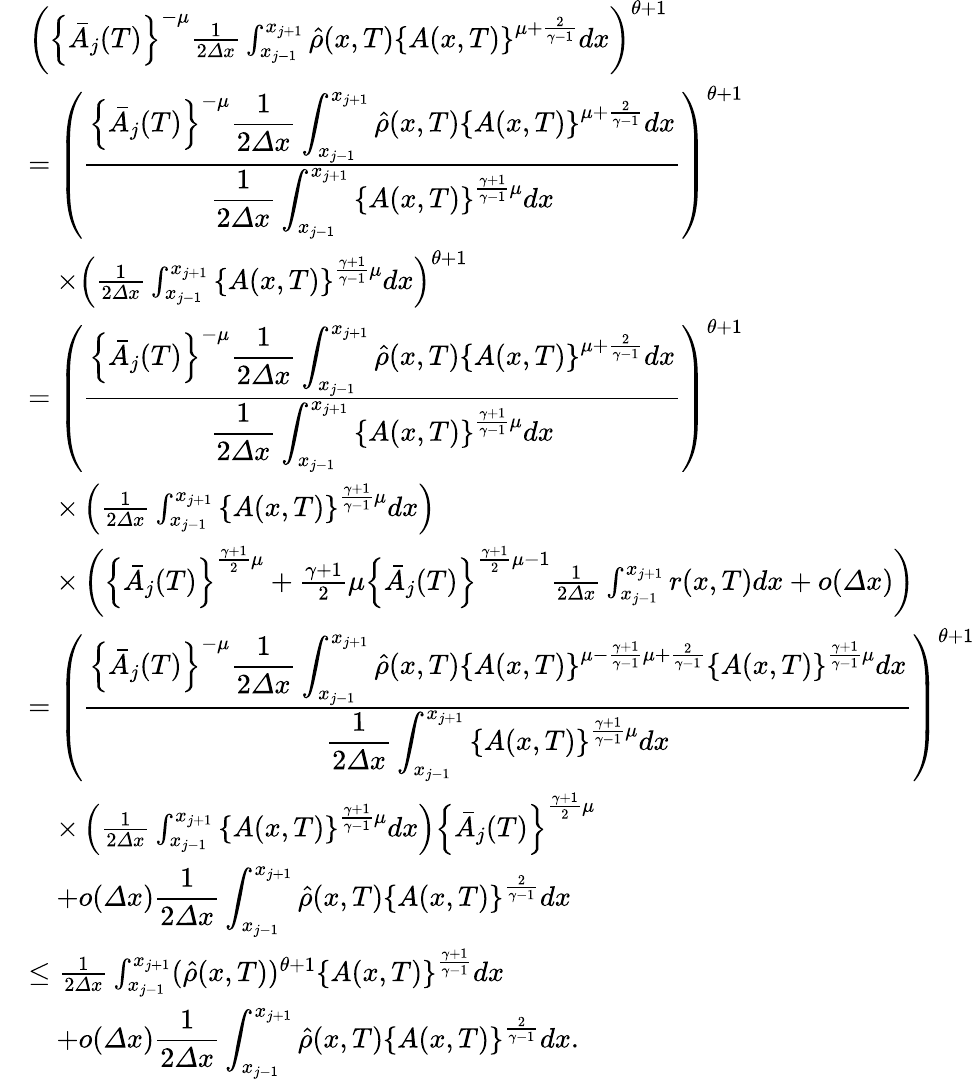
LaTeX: \begin{array}{rl}&{\left(\left\{ \bar{A}_{j}(T)\right\} ^{-\mu}\frac 1{2{\varDelta}x}\int_{x_{j-1}}^{x_{j+1}}\hat{\rho}(x,T)\left\{ A(x,T)\right\} ^{\mu+\frac{2}{\gamma-1}}dx\right)^{\theta+1}}\\ &{=\left(\frac{\displaystyle{\left\{ \bar{A}_{j}(T)\right\} ^{-\mu}\frac 1{2{\varDelta}x}\int_{x_{j-1}}^{x_{j+1}}\hat{\rho}(x,T)\left\{ A(x,T)\right\} ^{\mu+\frac{2}{\gamma-1}}dx}}{\displaystyle{\frac 1{2{\varDelta}x}\int_{x_{j-1}}^{x_{j+1}}\left\{ A(x,T)\right\} ^{\frac{\gamma+1}{\gamma-1}\mu}dx}}\right)^{\theta+1}}\\ &{\quad\times\left(\frac 1{2{\varDelta}x}\int_{x_{j-1}}^{x_{j+1}}\left\{ A(x,T)\right\} ^{\frac{\gamma+1}{\gamma-1}\mu}dx\right)^{\theta+1}}\\ &{=\left(\frac{\displaystyle{\left\{ \bar{A}_{j}(T)\right\} ^{-\mu}\frac 1{2{\varDelta}x}\int_{x_{j-1}}^{x_{j+1}}\hat{\rho}(x,T)\left\{ A(x,T)\right\} ^{\mu+\frac{2}{\gamma-1}}dx}}{\displaystyle{\frac 1{2{\varDelta}x}\int_{x_{j-1}}^{x_{j+1}}\left\{ A(x,T)\right\} ^{\frac{\gamma+1}{\gamma-1}\mu}dx}}\right)^{\theta+1}}\\ &{\quad\times\left(\frac 1{2{\varDelta}x}\int_{x_{j-1}}^{x_{j+1}}\left\{ A(x,T)\right\} ^{\frac{\gamma+1}{\gamma-1}\mu}dx\right)}\\ &{\quad\times\left(\left\{ \bar{A}_{j}(T)\right\} ^{\frac{\gamma+1}{2}\mu}+\frac{\gamma+1}{2}\mu\left\{ \bar{A}_{j}(T)\right\} ^{\frac{\gamma+1}{2}\mu-1}\frac 1{2{\varDelta}x}\int_{x_{j-1}}^{x_{j+1}}r(x,T)dx+o({\varDelta}x)\right)}\\ &{=\left(\frac{\displaystyle{\left\{ \bar{A}_{j}(T)\right\} ^{-\mu}\frac 1{2{\varDelta}x}\int_{x_{j-1}}^{x_{j+1}}\hat{\rho}(x,T)\left\{ A(x,T)\right\} ^{\mu-\frac{\gamma+1}{\gamma-1}\mu+\frac{2}{\gamma-1}}\left\{ A(x,T)\right\} ^{\frac{\gamma+1}{\gamma-1}\mu}dx}}{\displaystyle{\frac 1{2{\varDelta}x}\int_{x_{j-1}}^{x_{j+1}}\left\{ A(x,T)\right\} ^{\frac{\gamma+1}{\gamma-1}\mu}dx}}\right)^{\theta+1}}\\ &{\quad\times\left(\frac 1{2{\varDelta}x}\int_{x_{j-1}}^{x_{j+1}}\left\{ A(x,T)\right\} ^{\frac{\gamma+1}{\gamma-1}\mu}dx\right)\left\{ \bar{A}_{j}(T)\right\} ^{\frac{\gamma+1}{2}\mu}}\\ &{\quad+o({\varDelta}x){\displaystyle{\frac 1{2{\varDelta}x}\int_{x_{j-1}}^{x_{j+1}}\hat{\rho}(x,T)\left\{ A(x,T)\right\} ^{\frac{2}{\gamma-1}}dx}}}\\ &{\leq\frac 1{2{\varDelta}x}\int_{x_{j-1}}^{x_{j+1}}(\hat{\rho}(x,T))^{\theta+1}\left\{ A(x,T)\right\} ^{\frac{\gamma+1}{\gamma-1}}dx}\\ &{\quad+o({\varDelta}x){\displaystyle{\frac 1{2{\varDelta}x}\int_{x_{j-1}}^{x_{j+1}}\hat{\rho}(x,T)\left\{ A(x,T)\right\} ^{\frac{2}{\gamma-1}}dx}}.}\end{array}